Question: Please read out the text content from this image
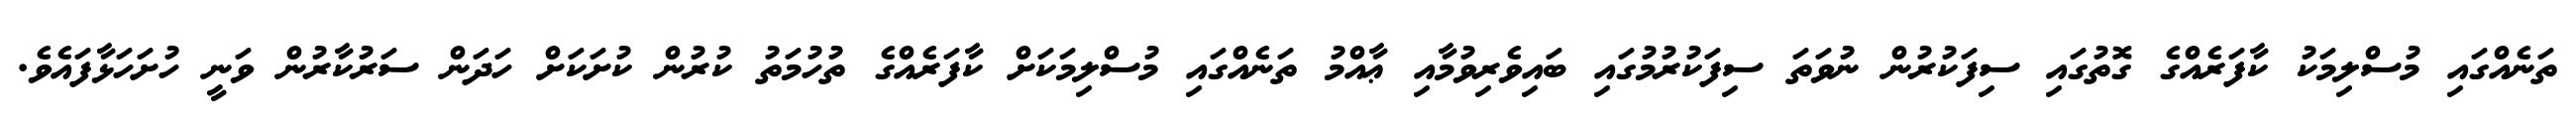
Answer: ތަނެއްގައި މުސްލިމަކު ކާފަރެއްގެ ގޮތުގައި ސިފަކުރުން ނުވަތަ ސިފަކުރުމުގައި ބައިވެރިވުމާއި ޢާއްމު ތަނެއްގައި މުސްލިމަކަށް ކާފަރެއްގެ ތުހުމަތު ކުރުން ކުށަކަށް ހަދަން ސަރުކާރުން ވަނީ ހުށަހަޅާފައެވެ.